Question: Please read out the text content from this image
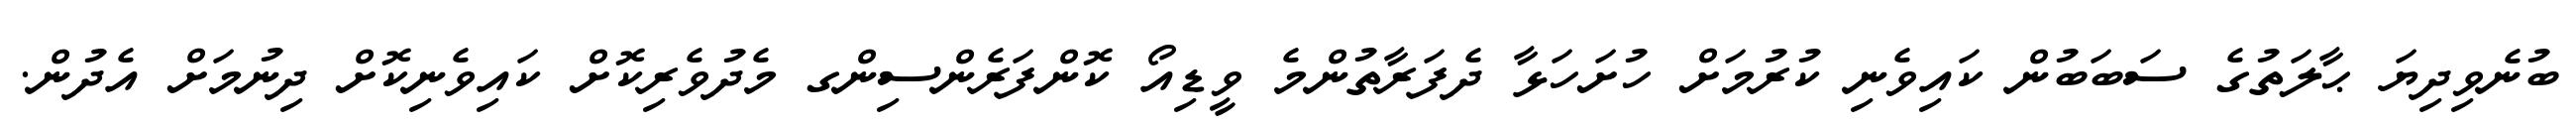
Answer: ބުނެވިދިޔަ ޙާލަތުގެ ސަބަބުން ކައިވެނި ކުރުމަށް ހުށަހަޅާ ދެފަރާތުންމެ ވީޑިއޯ ކޮންފަރެންސިންގ މެދުވެރިކޮށް ކައިވެނިކޮށް ދިނުމަށް އެދުން.